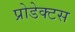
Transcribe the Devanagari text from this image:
प्रोडेक्टस